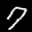
Label: 7